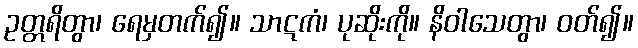
ဥတ္တရိတွာ၊ ရေမှတက်၍။ သာဋကံ၊ ပုဆိုးကို။ နိဝါသေတွာ၊ ဝတ်၍။